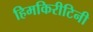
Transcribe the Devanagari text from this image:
हिमकिरीटिनी